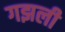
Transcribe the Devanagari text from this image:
गझली